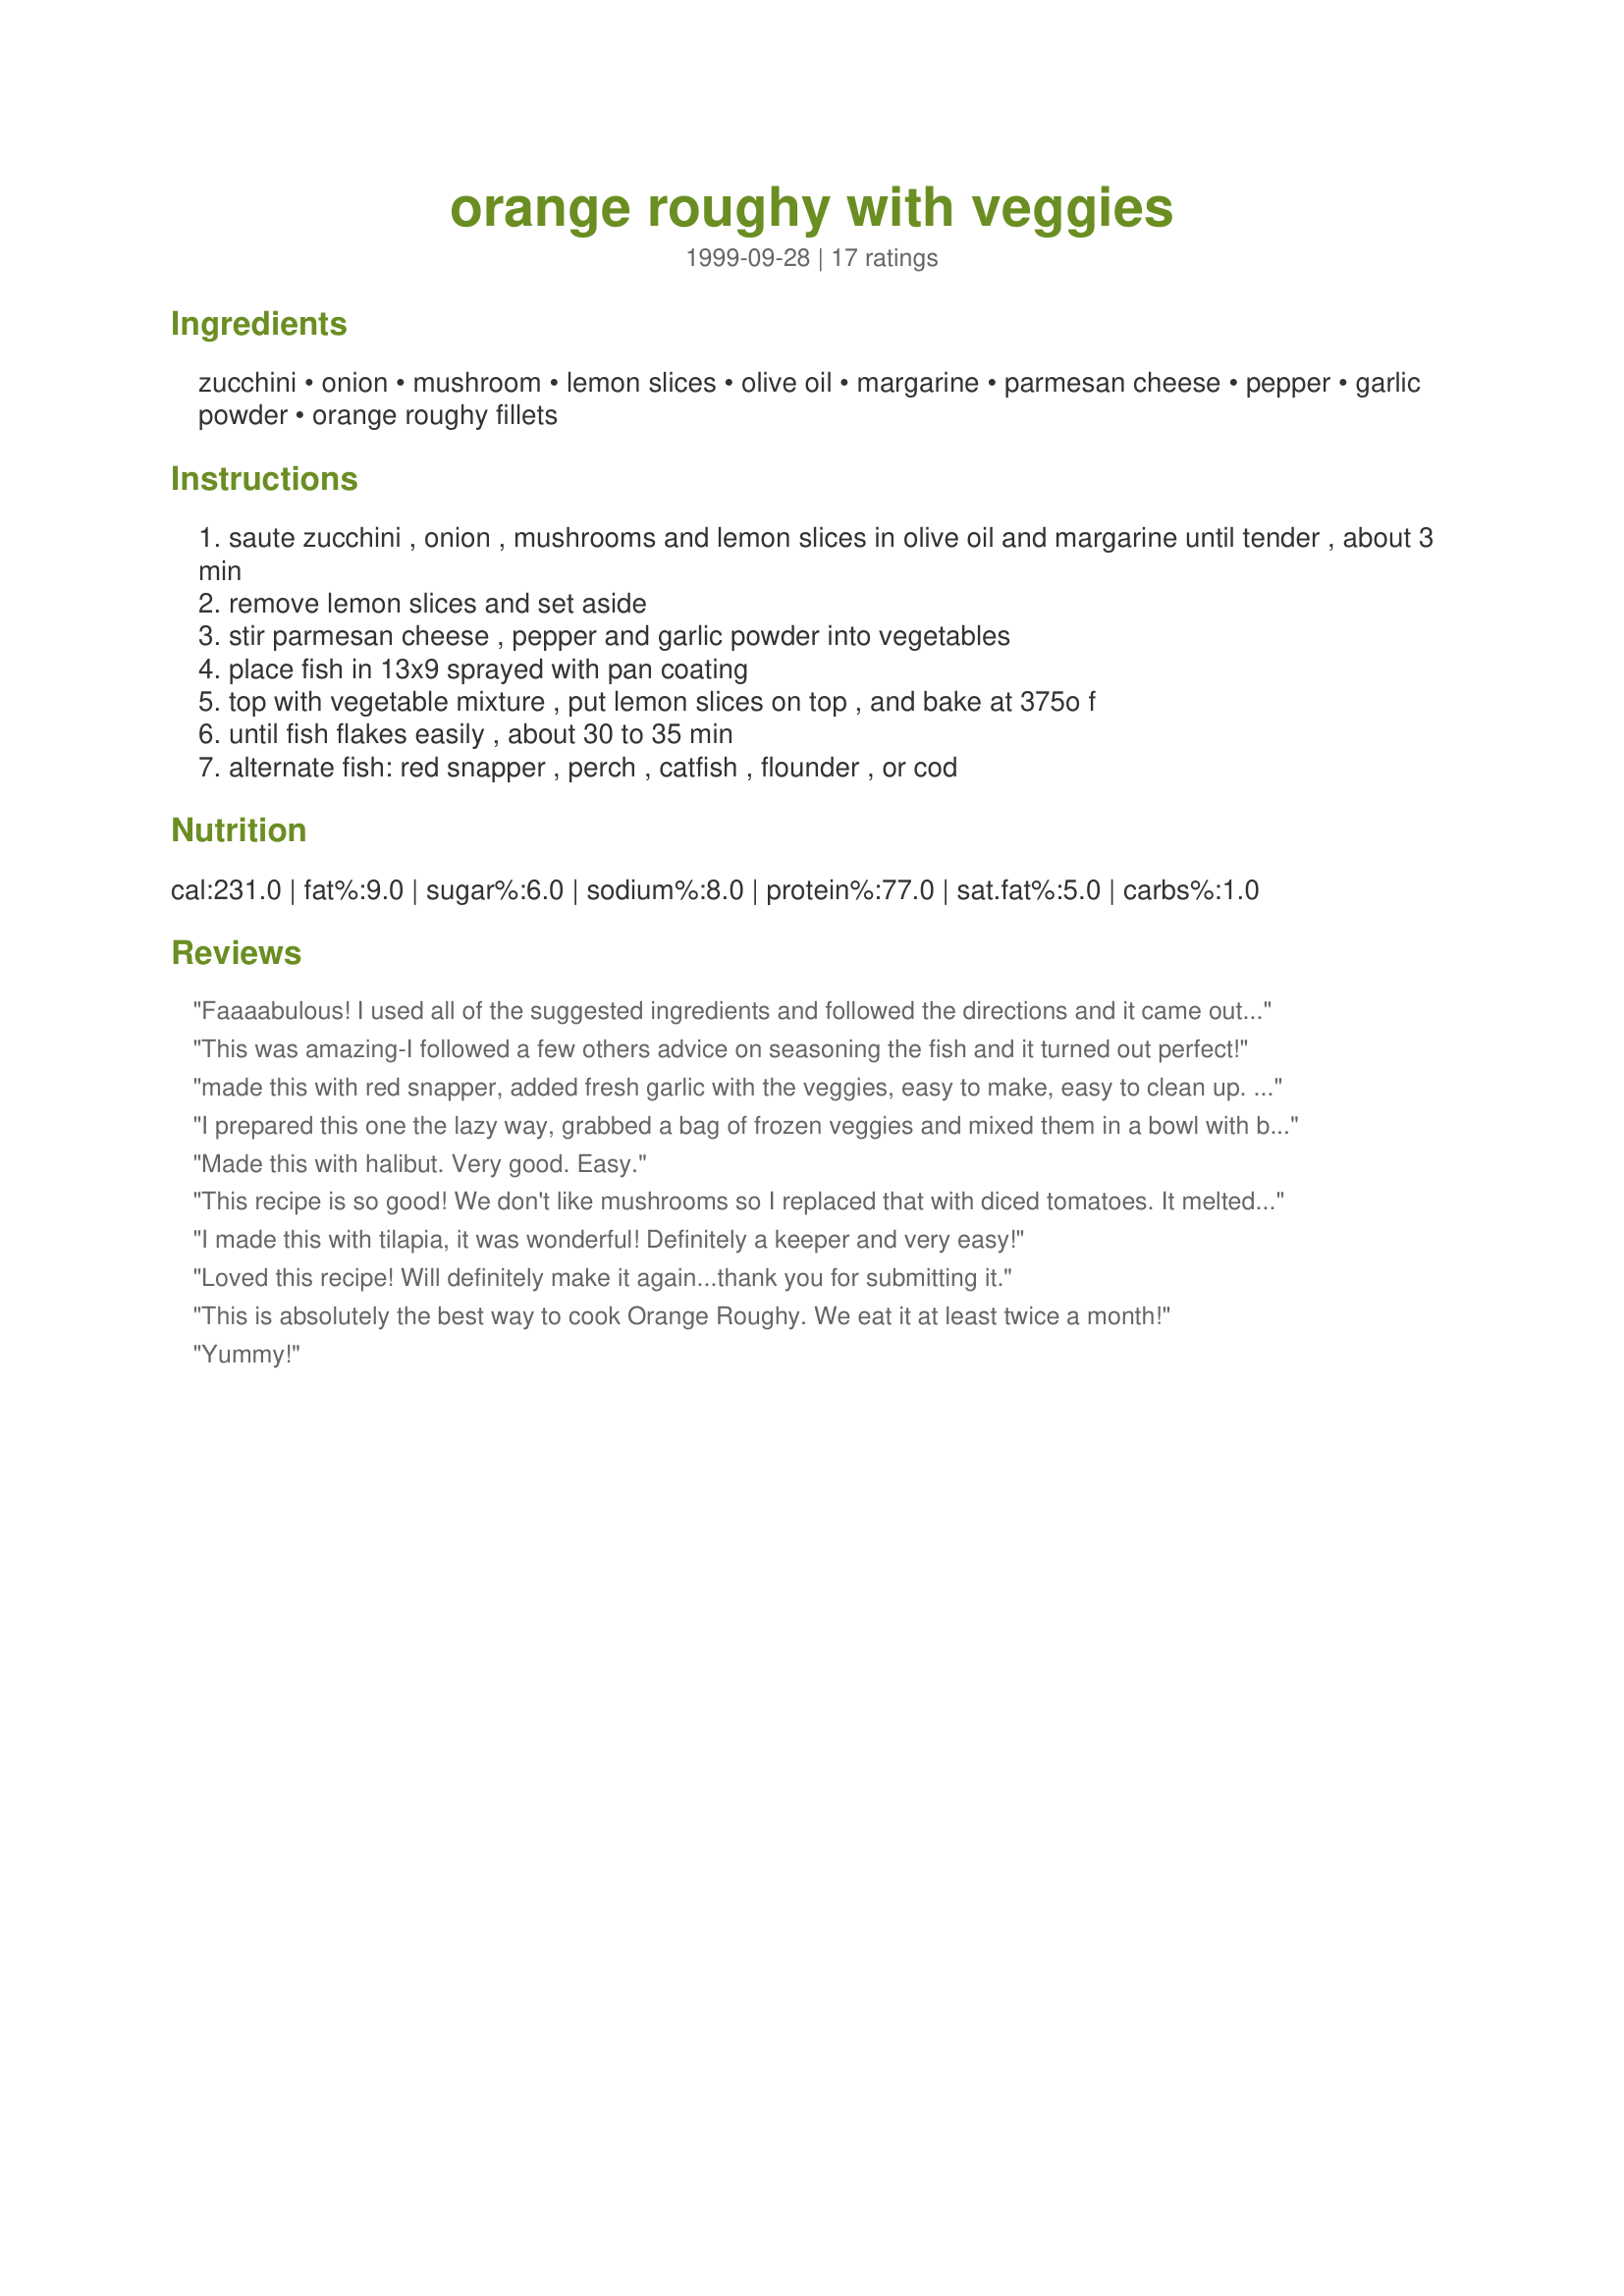
orange roughy with veggies
Preparation time: 0 minutes

Ingredients:
zucchini, onion, mushroom, lemon slices, olive oil, margarine, parmesan cheese, pepper, garlic powder, orange roughy fillets

Steps:
saute zucchini , onion , mushrooms and lemon slices in olive oil and margarine until tender , about 3 min
remove lemon slices and set aside
stir parmesan cheese , pepper and garlic powder into vegetables
place fish in 13x9 sprayed with pan coating
top with vegetable mixture , put lemon slices on top , and bake at 375o f
until fish flakes easily , about 30 to 35 min
alternate fish: red snapper , perch , catfish , flounder , or cod

Reviews:
Faaaabulous! I used all of the suggested ingredients and followed the directions and it came out perfect. My husband loved it too!
This was amazing-I followed a few others advice on seasoning the fish and it turned out perfect!
made this with red snapper, added fresh garlic with the veggies, easy to make, easy to clean up. Great recipe.
I prepared this one the lazy way, grabbed a bag of frozen veggies and mixed them in a bowl with butter, pepper, parmesan cheese and garlic powder. Followed the recipe otherwise. My husband said, "print that one out and tape it inside the cupboard so it's always available." It looked so pretty out of the oven, a definite keeper!
Made this with halibut. Very good. Easy.
This recipe is so good! We don't like mushrooms so I replaced that with diced tomatoes. It melted in our mouths, and even our 4 year old cleaned her plate!
I made this with tilapia, it was wonderful! Definitely a keeper and very easy!
Loved this recipe! Will definitely make it again...thank you for submitting it.
This is absolutely the best way to cook Orange Roughy. We eat it at least twice a month!
Yummy!
My mother is a diabetic, I also used the broccli, she simply loved it. I added 1/16 cup of white wine, 1/4 cup orange juice, no lemons. As my mother has trouble digesting food at times I diced the veggies. Before putting in the oven, I sprinkled bread crumbs on top, it made a delicious crust for the top.
Very easy to make and tasted great. I will definitely make it again. The fish has so much flavor. Yumm!!!
My sister made this for dinner the other night, and it was outstanding! Very easy and flavorful. We had to change the recipe a bit to use veggies on hand (mushrooms, tomatoes), and it was still fabulous! Thanks!!
I used a local fish, amberjack. This recipe called for no seasoning of the fish. I brushed the fish with a mixture of 1 tbsp lime juice and 1 tbsp water. Then I seasoned it with 1 tsp paprika, 1/2 tsp salt, 1/4 tsp ground gingr, 1/4 tsp allspice, and 1/4 tsp of pepper. This made it perfect. Otherwise, it is just plain old fish. I don't recommend the recipe as stated, but with the spices added to the fish as it bakes...delicous!
Great moist fish recipe! Since my husband doesn't care for green vegetables I just used mushrooms & onions. Both my daughter and husband were dismayed to find out that there wasn't any extras. I plan on trying it with halibut next time.
It is super easy to prepare too.
It's definitely a keeper!
I have made this recipe several times, my Family enjoys it very much, But I also add 1/2 of an Egg Plant cut in srips 1 carrot & one celery diced.
I used broccoli instead of zucchini. Very good, and very quick, but I forgot the butter. We were eating in 40 minutes! Fish was moist and very tasty. I'm going to bake Roughy every time from now on. Normally I sautee with EVOO and cajun seasoning, or blackened. This recipe is much more tasty.
